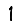
Digit: 1